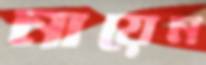
নায়েন